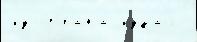
из Страна́ изда́л